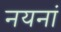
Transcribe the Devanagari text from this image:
नयनां